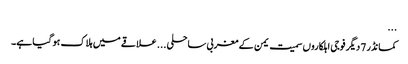
...
کمانڈر 7 دیگر فوجی اہلکاروں سمیت یمن کے مغربی ساحلی... علاقے میں ہلاک ہو گیا ہے۔